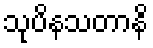
သုပိနသတာနိ